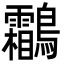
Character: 鸘